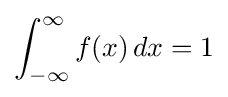
\int _{-\infty }^{\infty }f(x)\,dx=1